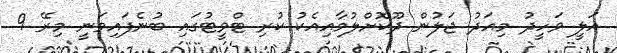
އަލީ ވަހީދު މިއަދު ޖަލުން ދޫކޮށްލުމާއިއެކު ކުރި ޓްވީޓުގައި ބުނެފައިވަނީ މިރޭ 9